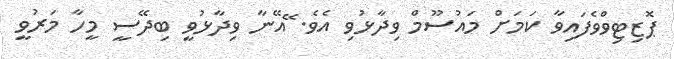
ޕޮޒިޓިވްވެފައިވާ ކަމަށް މައުސޫމް ވިދާޅުވި އެވެ. ޭއޭނާ ވިދާޅުވީ ބިދޭސީ މީހާ މަރުވީ